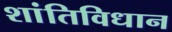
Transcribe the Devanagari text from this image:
शांतिविधान